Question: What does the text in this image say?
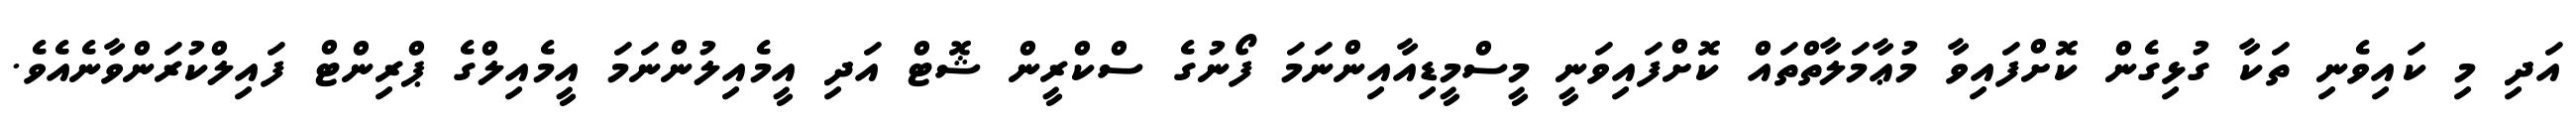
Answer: އަދި މި ކައިވެނި ތަކާ ގުޅިގެން ކޮށްފައިވާ މުޢާމަލާތްތައް ކޮށްފައިވަނީ މީސްމީޑިއާއިންނަމަ ފޯނުގެ ސްކްރީން ޝޮޓް އަދި އީމެއިލުންނަމަ އީމެއިލްގެ ޕްރިންޓް ފައިލްކުރަންވާނެއެވެ.